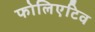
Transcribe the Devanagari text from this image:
फोलिएटिव